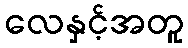
လေနှင့်အတူ